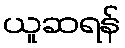
ယူဆရန်